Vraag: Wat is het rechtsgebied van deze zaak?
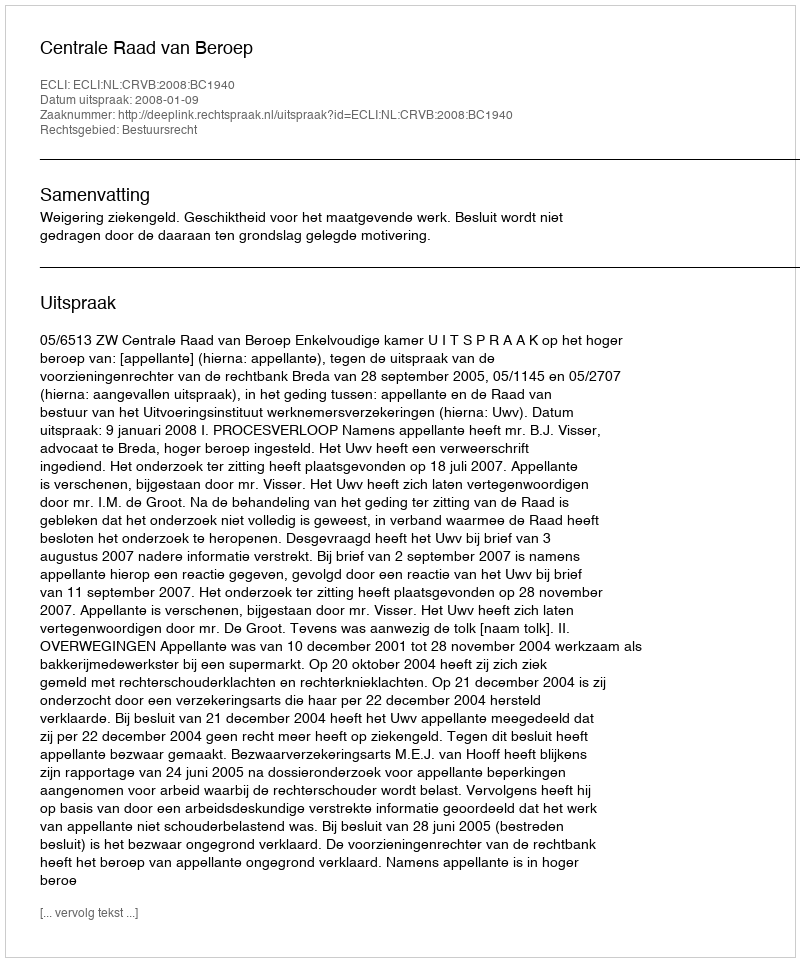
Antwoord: Bestuursrecht